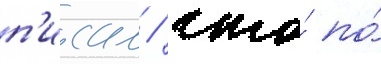
п'исал / что́ по́